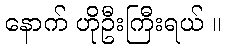
နောက် ဟိုဦးကြီးရယ် ။